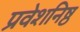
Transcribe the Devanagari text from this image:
प्रवेशनिष्ठ